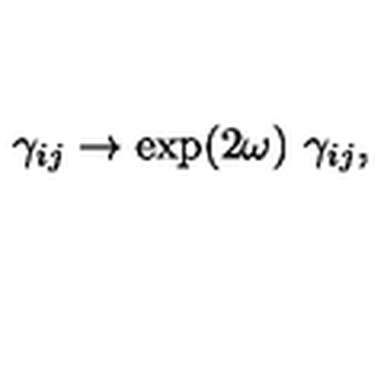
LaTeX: \gamma _ { i j } \to \exp ( 2 \omega ) \ \gamma _ { i j } ,